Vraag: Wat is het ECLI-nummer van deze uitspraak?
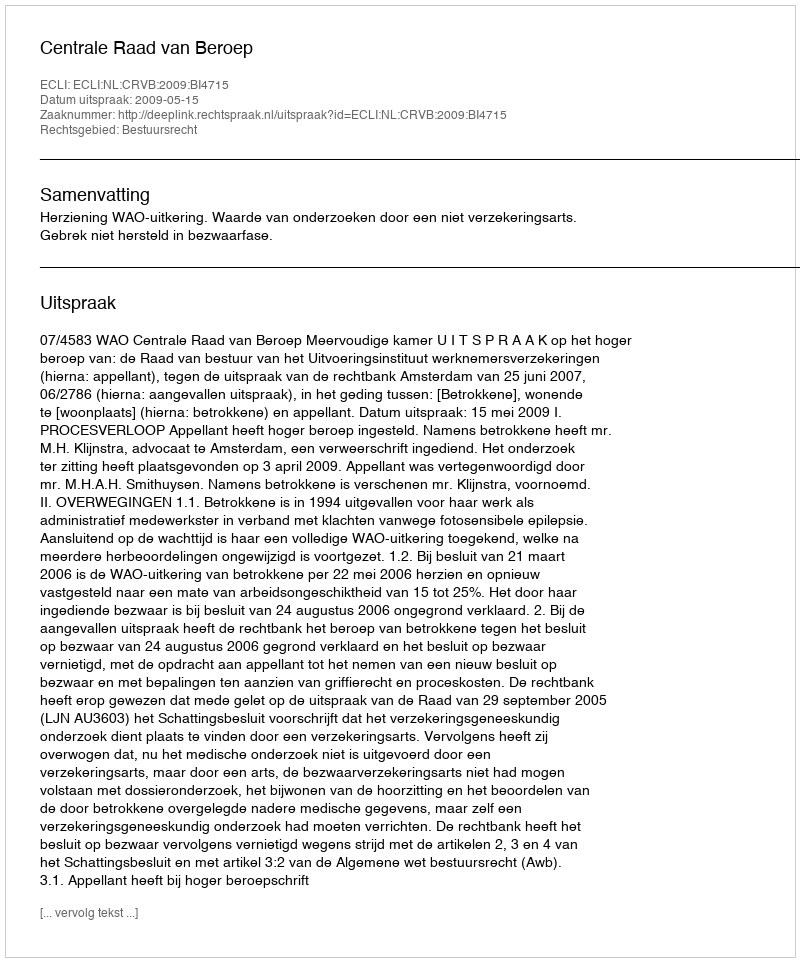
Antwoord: ECLI:NL:CRVB:2009:BI4715